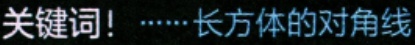
关键词！……长方体的对角线